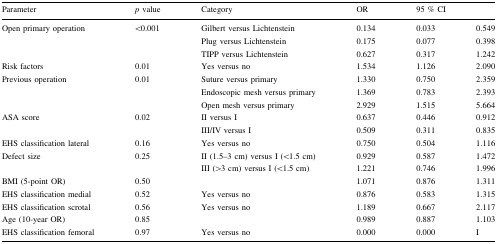
<table><thead><tr><td><b>Parameter</b></td><td><b><i>p</i> value</b></td><td><b>Category</b></td><td><b>OR</b></td><td colspan="2"><b>95 % CI</b></td></tr></thead><tbody><tr><td rowspan="3">Open primary operation</td><td rowspan="3">&lt;0.001</td><td>Gilbert versus Lichtenstein</td><td>0.134</td><td>0.033</td><td>0.549</td></tr><tr><td>Plug versus Lichtenstein</td><td>0.175</td><td>0.077</td><td>0.398</td></tr><tr><td>TIPP versus Lichtenstein</td><td>0.627</td><td>0.317</td><td>1.242</td></tr><tr><td>Risk factors</td><td>0.01</td><td>Yes versus no</td><td>1.534</td><td>1.126</td><td>2.090</td></tr><tr><td rowspan="3">Previous operation</td><td rowspan="3">0.01</td><td>Suture versus primary</td><td>1.330</td><td>0.750</td><td>2.359</td></tr><tr><td>Endoscopic mesh versus primary</td><td>1.369</td><td>0.783</td><td>2.393</td></tr><tr><td>Open mesh versus primary</td><td>2.929</td><td>1.515</td><td>5.664</td></tr><tr><td rowspan="2">ASA score</td><td rowspan="2">0.02</td><td>II versus I</td><td>0.637</td><td>0.446</td><td>0.912</td></tr><tr><td>III/IV versus I</td><td>0.509</td><td>0.311</td><td>0.835</td></tr><tr><td>EHS classification lateral</td><td>0.16</td><td>Yes versus no</td><td>0.750</td><td>0.504</td><td>1.116</td></tr><tr><td rowspan="2">Defect size</td><td rowspan="2">0.25</td><td>II (1.5–3 cm) versus I (&lt;1.5 cm)</td><td>0.929</td><td>0.587</td><td>1.472</td></tr><tr><td>III (&gt;3 cm) versus I (&lt;1.5 cm)</td><td>1.221</td><td>0.746</td><td>1.996</td></tr><tr><td>BMI (5-point OR)</td><td>0.50</td><td></td><td>1.071</td><td>0.876</td><td>1.311</td></tr><tr><td>EHS classification medial</td><td>0.52</td><td>Yes versus no</td><td>0.876</td><td>0.583</td><td>1.315</td></tr><tr><td>EHS classification scrotal</td><td>0.56</td><td>Yes versus no</td><td>1.189</td><td>0.667</td><td>2.117</td></tr><tr><td>Age (10-year OR)</td><td>0.85</td><td></td><td>0.989</td><td>0.887</td><td>1.103</td></tr><tr><td>EHS classification femoral</td><td>0.97</td><td>Yes versus no</td><td>0.000</td><td>0.000</td><td>I</td></tr></tbody></table>